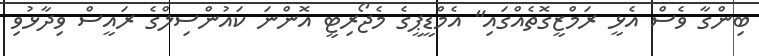
ބިންގާ ވެސް އެޅީ ރަމްޒީގޮތެއްގައި" އެމްޑީޕީގެ މެޖޯރިޓީ އޮންނަ ކައުންސިލްގެ ރައީސް ވިދާޅުވި